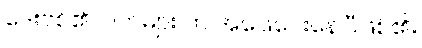
ဒေးဗစ်၏လက်များ က အဖြေပေးနေပြီဖြစ်၏။